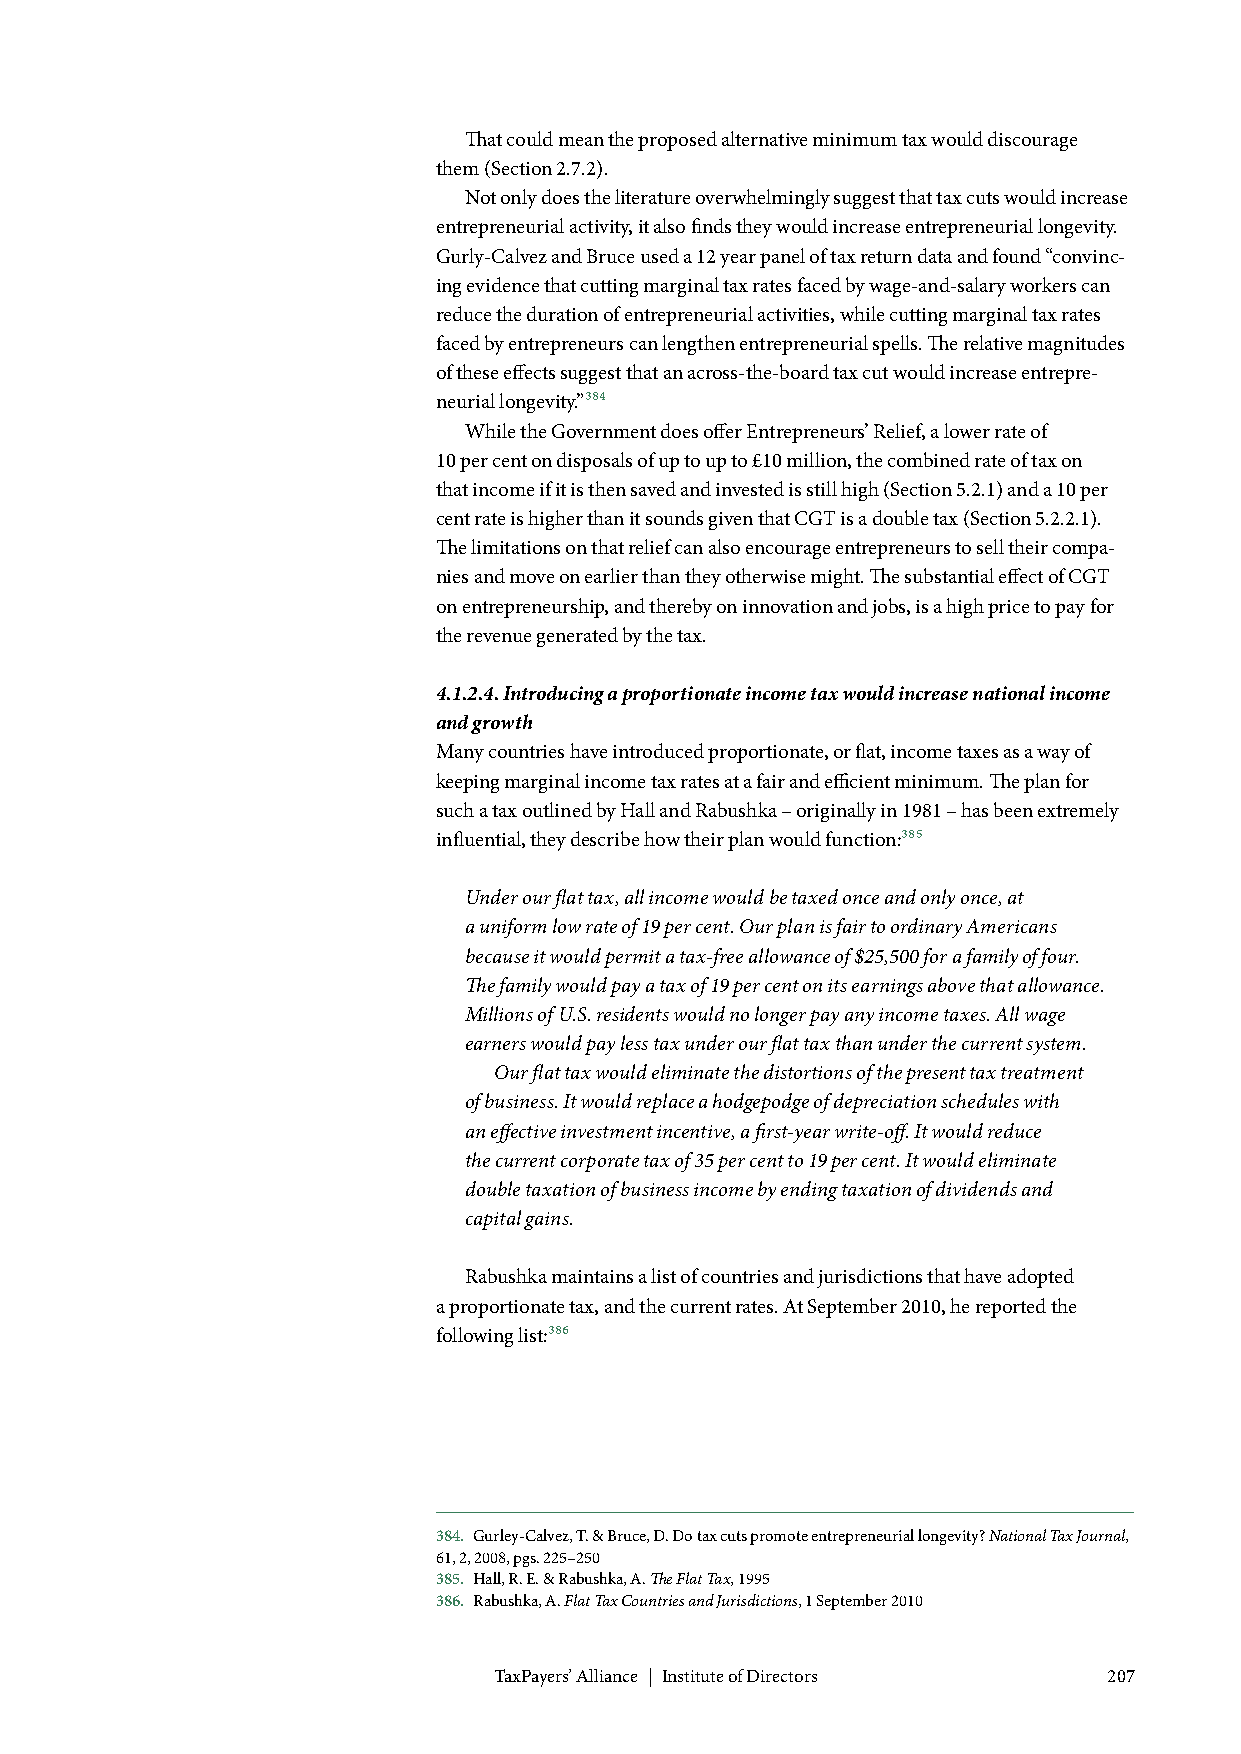
That could mean the proposed alternative minimum tax would discourage
 them (Section 2.7.2).
 Not only does the literature overwhelmingly suggest that tax cuts would increase
 entrepreneurial activity, it also finds they would increase entrepreneurial longevity.
 Gurly-Calvez and Bruce used a 12 year panel of tax return data and found “convinc-
 ing evidence that cutting marginal tax rates faced by wage-and-salary workers can
 reduce the duration of entrepreneurial activities, while cutting marginal tax rates
 faced by entrepreneurs can lengthen entrepreneurial spells. The relative magnitudes
 of these effects suggest that an across-the-board tax cut would increase entrepre-
 neurial longevity.”384
 While the Government does offer Entrepreneurs’ Relief, a lower rate of
 10 per cent on disposals of up to up to £10 million, the combined rate of tax on
 that income if it is then saved and invested is still high (Section 5.2.1) and a 10 per
 cent rate is higher than it sounds given that CGT is a double tax (Section 5.2.2.1).
 The limitations on that relief can also encourage entrepreneurs to sell their compa-
 nies and move on earlier than they otherwise might. The substantial effect of CGT
 on entrepreneurship, and thereby on innovation and jobs, is a high price to pay for
 the revenue generated by the tax.
 4.1.2.4. Introducing a proportionate income tax would increase national income
 and growth
 Many countries have introduced proportionate, or flat, income taxes as a way of
 keeping marginal income tax rates at a fair and efficient minimum. The plan for
 such a tax outlined by Hall and Rabushka – originally in 1981 – has been extremely
 influential, they describe how their plan would function:385
 Under our flat tax, all income would be taxed once and only once, at
 a uniform low rate of 19 per cent. Our plan is fair to ordinary Americans
 because it would permit a tax-free allowance of $25,500 for a family of four.
 The family would pay a tax of 19 per cent on its earnings above that allowance.
 Millions of U.S. residents would no longer pay any income taxes. All wage
 earners would pay less tax under our flat tax than under the current system.
 Our flat tax would eliminate the distortions of the present tax treatment
 of business. It would replace a hodgepodge of depreciation schedules with
 an effective investment incentive, a first-year write-off. It would reduce
 the current corporate tax of 35 per cent to 19 per cent. It would eliminate
 double taxation of business income by ending taxation of dividends and
 capital gains.
 Rabushka maintains a list of countries and jurisdictions that have adopted
 a proportionate tax, and the current rates. At September 2010, he reported the
 following list:386
 384. Gurley-Calvez, T. & Bruce, D. Do tax cuts promote entrepreneurial longevity? National Tax Journal,
 61, 2, 2008, pgs. 225–250
 385. Hall, R. E. & Rabushka, A. The Flat Tax, 1995
 386. Rabushka, A. Flat Tax Countries and Jurisdictions, 1 September 2010
 TaxPayers’ Alliance | Institute of Directors 207